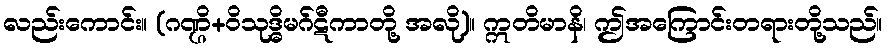
လည်းကောင်း။ (ဂဏ္ဌိ+ဝိသုဒ္ဓိမဂ်ဋီကာတို့ အလို)။ ဣတိမာနိ၊ ဤအကြောင်းတရားတို့သည်။